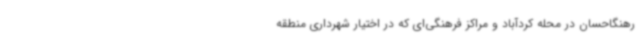
رهنگاحسان در محله کردآباد و مراکز فرهنگی‌ای که در اختیار شهرداری منطقه